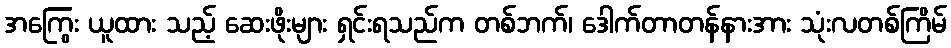
အကြွေး ယူထား သည့် ဆေးဖိုးများ ရှင်းရသည်က တစ်ဘက်၊ ဒေါက်တာတန်နားအား သုံးလတစ်ကြိမ်